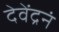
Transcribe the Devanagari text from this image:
देवेंद्रनं